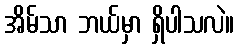
အိမ်သာ ဘယ်မှာ ရှိပါသလဲ။